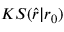
K S ( \hat { r } | r _ { 0 } )